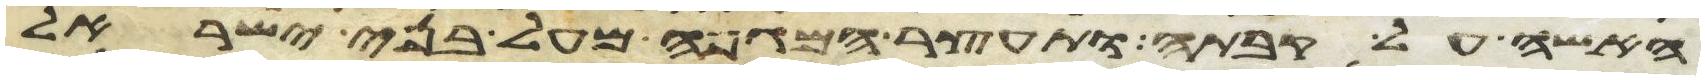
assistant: האשה על קבתה ותעצר המגפה מעל בני ישראל